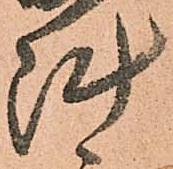
陣